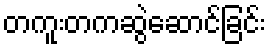
တကူးတကဆွဲဆောင်ခြင်း